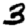
Digit: 3